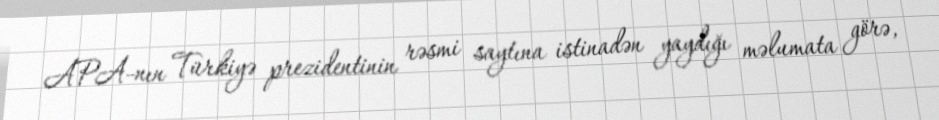
APA-nın Türkiyə prezidentinin rəsmi saytına istinadən yaydığı məlumata görə,